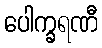
ပေါက္ခရဏီ